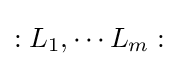
:L_{1},\cdots L_{m}: